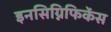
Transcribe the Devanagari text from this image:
इनसिग्निफिकेंस